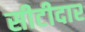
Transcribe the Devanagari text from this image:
सीटीदार